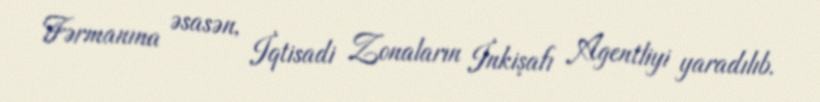
Fərmanına əsasən, İqtisadi Zonaların İnkişafı Agentliyi yaradılıb.